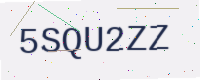
Text: 5SQU2ZZ